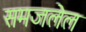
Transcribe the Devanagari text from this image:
समजलेल